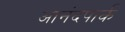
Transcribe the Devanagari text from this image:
आनंदपार्क